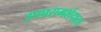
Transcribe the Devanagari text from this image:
उपपरामर्शदाता